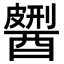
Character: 𨢹